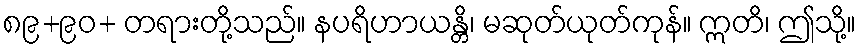
၈၉+၉၀+ တရားတို့သည်။ နပရိဟာယန္တိ၊ မဆုတ်ယုတ်ကုန်။ ဣတိ၊ ဤသို့။